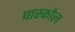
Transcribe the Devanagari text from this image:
पास्कोल